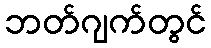
ဘတ်ဂျက်တွင်